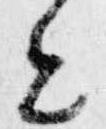
と